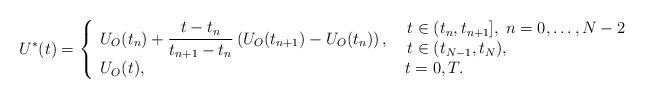
LaTeX: \begin{align*}U^*(t)=\left\{ \begin{array}{ll} \displaystyle U_{O}(t_n) + \frac{t-t_n}{t_{n+1}-t_n} \left(U_{O}(t_{n+1}) - U_{O}(t_n) \right), & \begin{array}{l}t \in ( t_n, t_{n+1}], \; n=0,\dots, N-2 \\ t \in (t_{N-1}, t_N),\end{array} \\U_{O}(t), & \; t = 0, T. \\\end{array} \right.\end{align*}